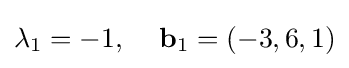
\lambda _{1}=-1,\quad \,\mathbf {b} _{1}=\left(-3,6,1\right)